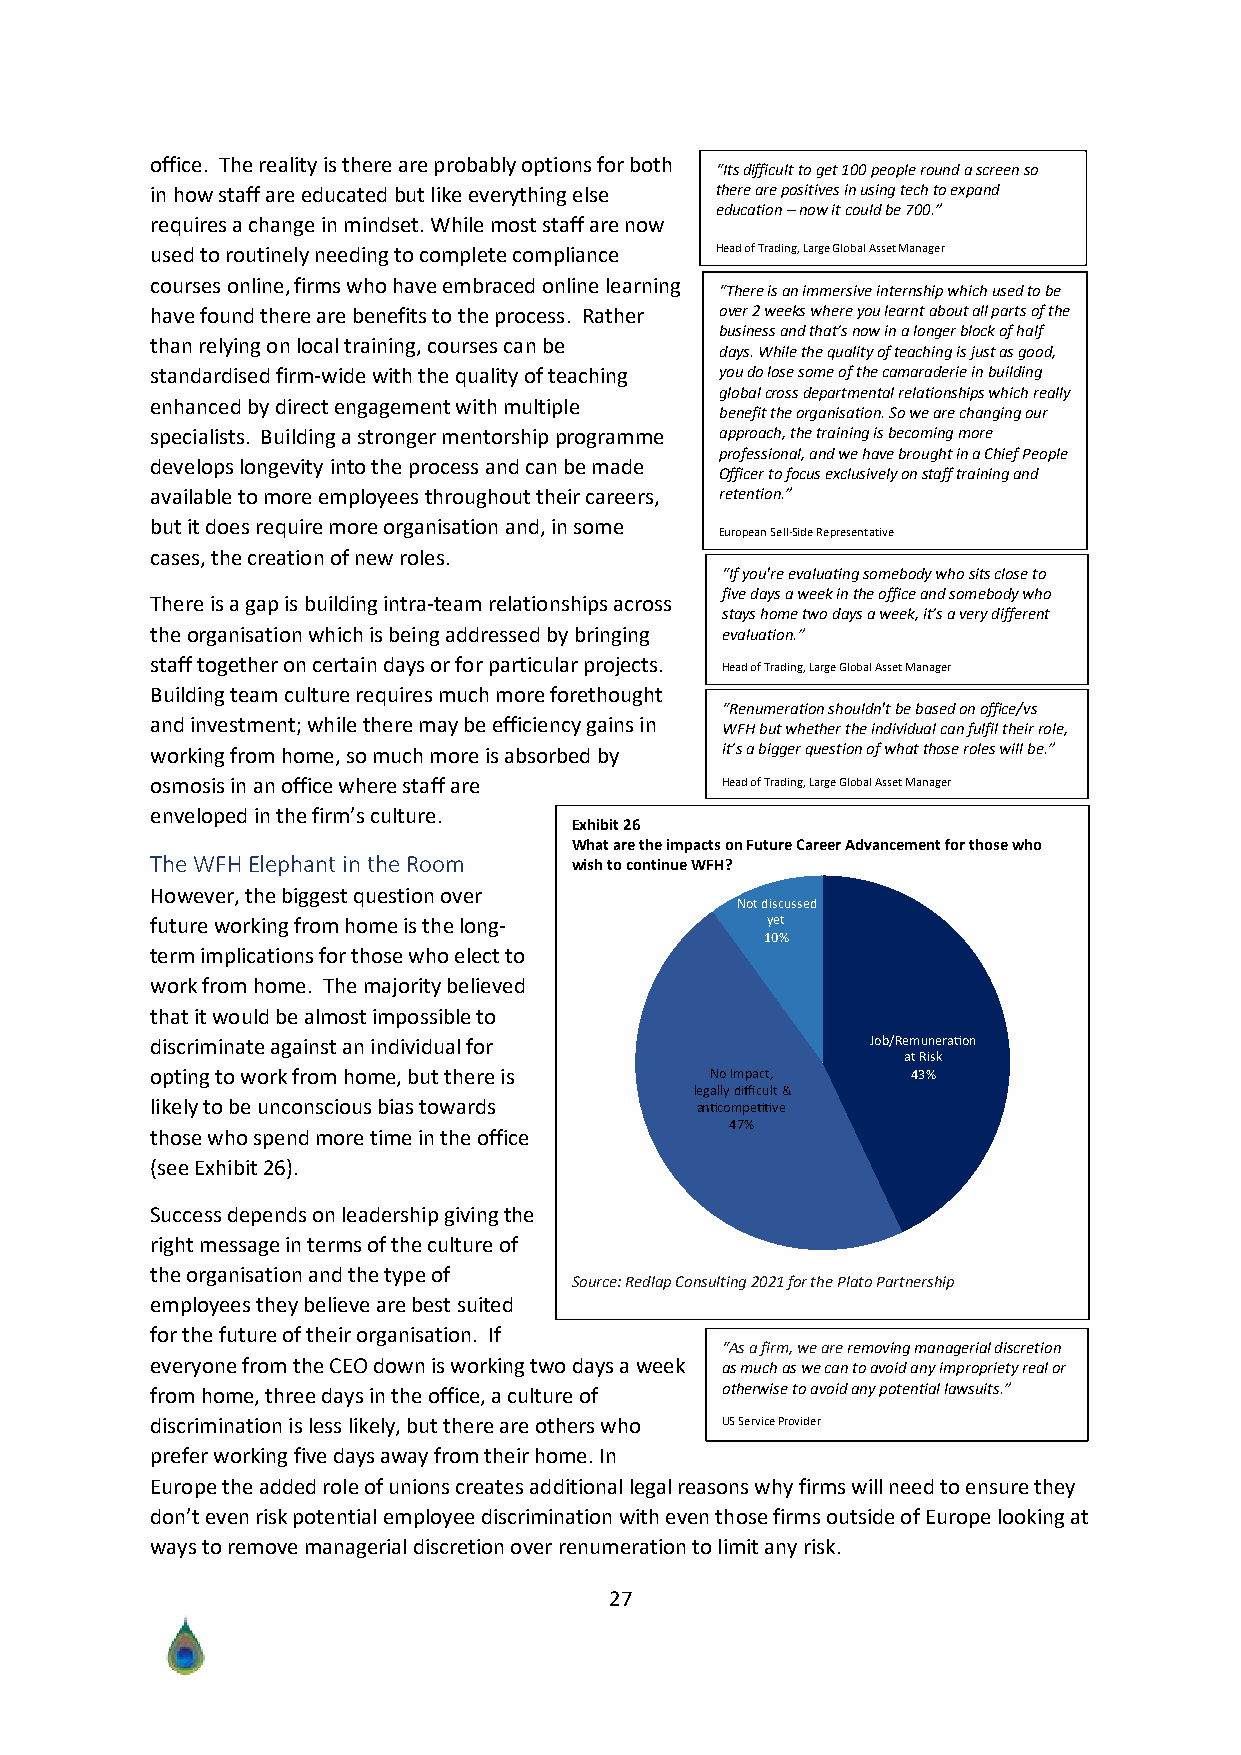
office. The reality is there are probably options for both
 “Its difficult to get 100 people round a screen so
 in how staff are educated but like everything else there are positives in using tech to expand
 education – now it could be 700.”
 requires a change in mindset. While most staff are now
 used to routinely needing to complete compliance Head of Trading, Large Global Asset Manager
 courses online, firms who have embraced online learning
 “There is an immersive internship which used to be
 have found there are benefits to the process. Rather over 2 weeks where you learnt about all parts of the
 business and that’s now in a longer block of half
 than relying on local training, courses can be
 days. While the quality of teaching is just as good,
 standardised firm-wide with the quality of teaching you do lose some of the camaraderie in building
 global cross departmental relationships which really
 enhanced by direct engagement with multiple
 benefit the organisation. So we are changing our
 specialists. Building a stronger mentorship programme approach, the training is becoming more
 professional, and we have brought in a Chief People
 develops longevity into the process and can be made
 Officer to focus exclusively on staff training and
 available to more employees throughout their careers, retention.”
 but it does require more organisation and, in some
 European Sell-Side Representative
 cases, the creation of new roles.
 “If you're evaluating somebody who sits close to
 five days a week in the office and somebody who
 There is a gap is building intra-team relationships across
 stays home two days a week, it’s a very different
 the organisation which is being addressed by bringing evaluation.”
 staff together on certain days or for particular projects.
 Head of Trading, Large Global Asset Manager
 Building team culture requires much more forethought
 “Renumeration shouldn't be based on office/vs
 and investment; while there may be efficiency gains in
 WFH but whether the individual can fulfil their role,
 working from home, so much more is absorbed by it’s a bigger question of what those roles will be.”
 osmosis in an office where staff are  Head of Trading, Large Global Asset Manager
 enveloped in the firm’s culture.
 Exhibit 26
 What are the impacts on Future Career Advancement for those who
 The WFH Elephant in the Room wish to continue WFH?
 However, the biggest question over
 ot discussed
 future working from home is the long-    yet
 term implications for those who elect to
 work from home. The majority believed
 that it would be almost impossible to
 discriminate against an individual for          o emunera on
 at isk
 opting to work from home, but there is o mpact
 legally di cult
 likely to be unconscious bias towards an compe ve
 those who spend more time in the office
 (see Exhibit 26).
 Success depends on leadership giving the
 right message in terms of the culture of
 the organisation and the type of
 Source: Redlap Consulting 2021 for the Plato Partnership
 employees they believe are best suited
 for the future of their organisation. If
 “As a firm, we are removing managerial discretion
 everyone from the CEO down is working two days a week as much as we can to avoid any impropriety real or
 from home, three days in the office, a culture of otherwise to avoid any potential lawsuits.”
 discrimination is less likely, but there are others who US Service Provider
 prefer working five days away from their home. In
 Europe the added role of unions creates additional legal reasons why firms will need to ensure they
 don’t even risk potential employee discrimination with even those firms outside of Europe looking at
 ways to remove managerial discretion over renumeration to limit any risk.
 27